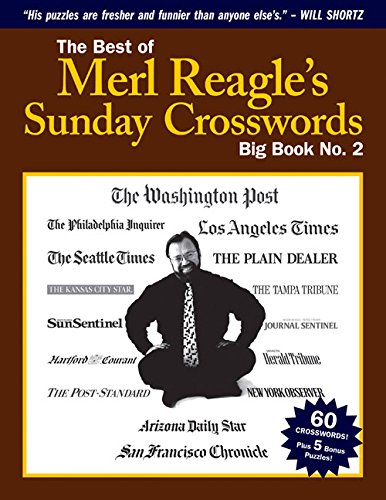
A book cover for The Best of Merl Reagle's Sunday Crosswords: Big Book No. 2; Merl Reagle; Humor & Entertainment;